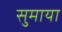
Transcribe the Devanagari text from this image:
सुमाया